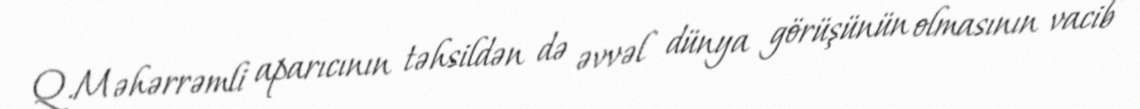
Q.Məhərrəmli aparıcının təhsildən də əvvəl dünya görüşünün olmasının vacib